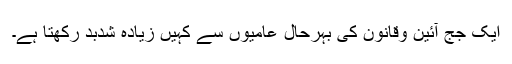
ایک جج آئین وقانون کی بہرحال عامیوں سے کہیں زیادہ شُدبُد رکھتا ہے۔